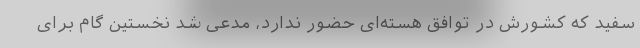
سفید که کشورش در توافق هسته‌ای حضور ندارد، مدعی شد نخستین گام برای